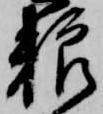
料